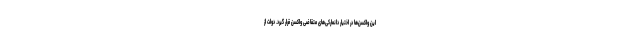
این واکسن‌ها در اختیار دانمارکی‌های متقاضی واکسن قرار گیرد. دولت از